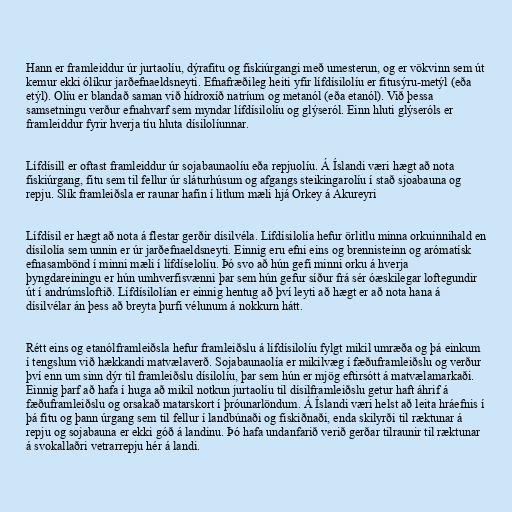
Hann er framleiddur úr jurtaolíu, dýrafitu og fiskiúrgangi með umesterun, og er vökvinn sem út
kemur ekki ólíkur jarðefnaeldsneyti. Efnafræðileg heiti yfir lífdísilolíu er fitusýru-metýl (eða
etýl). Olíu er blandað saman við hídroxíð natríum og metanól (eða etanól). Við þessa
samsetningu verður efnahvarf sem myndar lífdísilolíu og glýseról. Einn hluti glýseróls er
framleiddur fyrir hverja tíu hluta dísilolíunnar.

Lífdísill er oftast framleiddur úr sojabaunaolíu eða repjuolíu. Á Íslandi væri hægt að nota
fiskiúrgang, fitu sem til fellur úr sláturhúsum og afgangs steikingarolíu í stað sjoabauna og
repju. Slík framleiðsla er raunar hafin í litlum mæli hjá Orkey á Akureyri

Lífdísil er hægt að nota á flestar gerðir dísilvéla. Lífdísilolía hefur örlitlu minna orkuinnihald en
dísilolía sem unnin er úr jarðefnaeldsneyti. Einnig eru efni eins og brennisteinn og arómatísk
efnasambönd í minni mæli í lífdíselolíu. Þó svo að hún gefi minni orku á hverja
þyngdareiningu er hún umhverfisvænni þar sem hún gefur síður frá sér óæskilegar loftegundir
út í andrúmsloftið. Lífdísilolían er einnig hentug að því leyti að hægt er að nota hana á
dísilvélar án þess að breyta þurfi vélunum á nokkurn hátt.

Rétt eins og etanólframleiðsla hefur framleiðslu á lífdísilolíu fylgt mikil umræða og þá einkum
í tengslum við hækkandi matvælaverð. Sojabaunaolía er mikilvæg í fæðuframleiðslu og verður
því enn um sinn dýr til framleiðslu dísilolíu, þar sem hún er mjög eftirsótt á matvælamarkaði.
Einnig þarf að hafa í huga að mikil notkun jurtaolíu til dísilframleiðslu getur haft áhrif á
fæðuframleiðslu og orsakað matarskort í þróunarlöndum. Á Íslandi væri helst að leita hráefnis í
þá fitu og þann úrgang sem til fellur í landbúnaði og fiskiðnaði, enda skilyrði til ræktunar á
repju og sojabauna er ekki góð á landinu. Þó hafa undanfarið verið gerðar tilraunir til ræktunar
á svokallaðri vetrarrepju hér á landi.